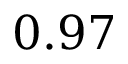
0 . 9 7